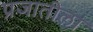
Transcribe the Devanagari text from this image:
प्रजातीला